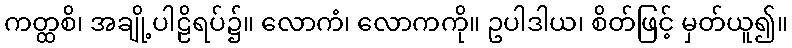
ကတ္ထစိ၊ အချို့ပါဠိရပ်၌။ လောကံ၊ လောကကို။ ဥပါဒါယ၊ စိတ်ဖြင့် မှတ်ယူ၍။